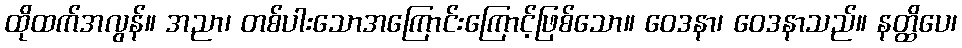
ထိုထက်အလွန်။ အညာ၊ တစ်ပါးသောအကြောင်းကြောင့်ဖြစ်သော။ ဝေဒနာ၊ ဝေဒနာသည်။ နတ္ထိပေ၊